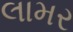
લામર